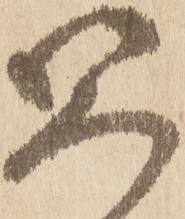
公